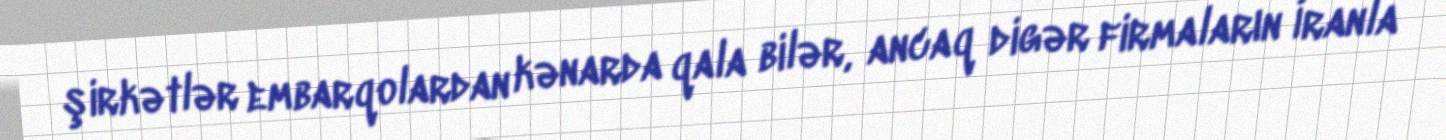
şirkətlər embarqolardan kənarda qala bilər, ancaq digər firmaların İranla